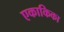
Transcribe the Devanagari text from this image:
एकाकिका